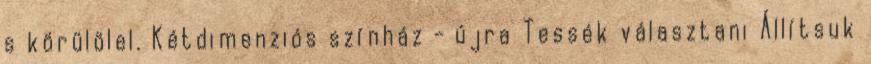
s körülölel. Kétdimenziós színház - újra Tessék választani Állítsuk